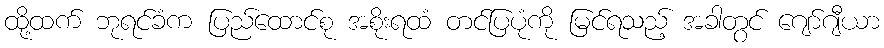
ထို့ထက် ဘုရင်ခံက ပြည်ထောင်စု အစိုးရထံ တင်ပြပုံကို မြင်ရသည့် အခါတွင် ဂျော်ဂျီယာ